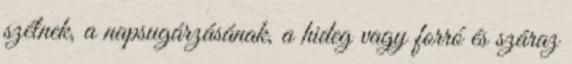
szélnek, a napsugárzásának, a hideg vagy forró és száraz